Lunatic asylums in Bengal annual reports 1888-1898 - 1888-1898
Year: 1888
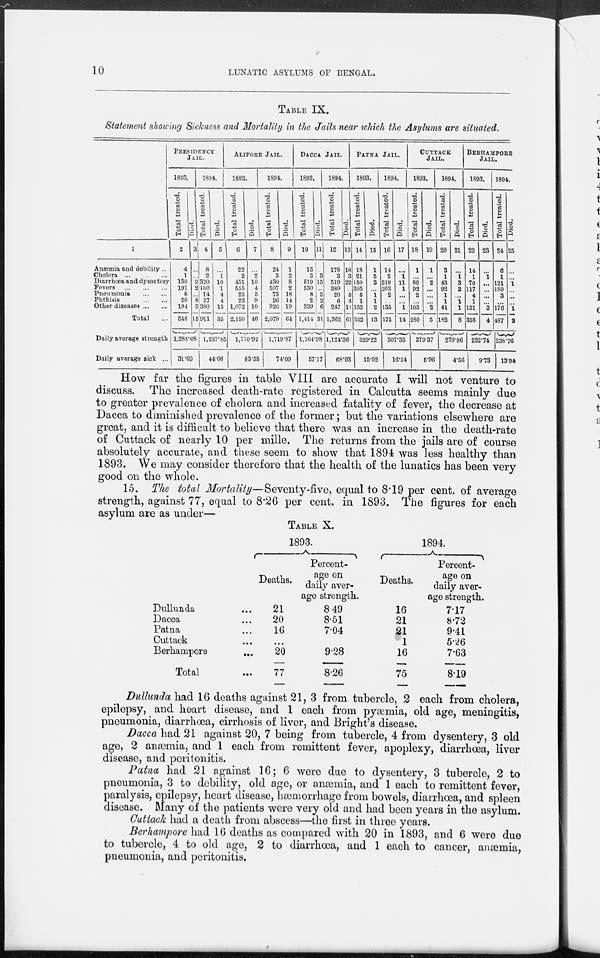
10
LUNATIC ASYLUMS OF BENGAL.
TABLE IX.
Statement showing Sickness and Mortality in the Jails near which the Asylums are situated.
1
Anæmia and debility ...
Cholera
...
...
...
Diarrhœa and dysentery
Fevers
...
...
...
Pneumonia
...
...
Phthisis
...
...
Other diseases ... ...
Total ...
Daily average strength
Daily average sick ...
PRESIDENCY
JAIL.
1893.
Total treated.
2
4
1
130
191
8
20
194
548
Died.
3
...
...
2
2
...
8
3
15
1,288.08
31.69
1894.
Total treated.
4
8
2
320
160
14
27
380
911
Died.
5
...
1
10
1
4
4
15
35
1,237.85
44.00
ALIPORE JAIL.
1893.
Total treated.
6
22
2
451
555
25
23
1,072
2,150
Died.
7
...
2
10
4
5
9
10
40
1,770.92
83.55
1894.
Total treated.
8
24
3
430
507
73
26
926
2,079
Died.
9
1
2
8
2
18
14
19
64
1,719.87
74.09
Dacca Jail.
1893.
Total treated.
10
13
3
519
530
8
2
339
1,414
Died.
11
...
3
15
...
5 2
6
31
1,164.98
57.17
1894.
Total treated.
12
178
3
519
389
20
6
247
1,362
Died.
13
18
3
22
...
3
4
11
61
1,124.36
68.93
PATNA JAIL.
1893.
Total treated.
14
18
21
150
205
5
1
152
552
Died.
15
1
5
3
...
1
1
2
13
329.22
15.02
1894.
Total treated.
16
14
2
219
203
2
...
135
575
Died.
17
...
1
11 1
...
...
1
14
307.35
16.54
CUTTACK
JAIL.
1893.
Total treated.
18
1
...
80
92
2
...
105
280
Died.
19
1
...
2
...
...
...
2
5
279.37
5.96
1894.
Total treated.
20
3
1
43
92
1
1
41
182
Died.
21
...
1
3
2
...
1
1
8
279.86
4.56
BERHAMPORE
JAIL.
1893.
Total treated.
22
14
1
70
117
4
1
151
358
Died.
23
...
1
...
...
...
...
3
4
232.74
9.73
1894.
Total treated.
24
6
1
121
180
3
...
176
487
Died.
25
...
...
1
...
...
...
1
2
238.76
13.94
How far the figures in table VIII are accurate I will not venture to
discuss. The increased death-rate registered in Calcutta seems mainly due
to greater prevalence of cholera and increased fatality of fever, the decrease at
Dacca to diminished prevalence of the former; but the variations elsewhere are
great, and it is difficult to believe that there was an increase in the death-rate
of Cuttack of nearly 10 per mille. The returns from the jails are of course
absolutely accurate, and these seem to show that 1894 was less healthy than
1893. We may consider therefore that the health of the lunatics has been very
good on the whole.
15. The total Mortality—Seventy-five, equal to 8.19 per cent. of average
strength, against 77, equal to 8.26 per cent. in 1893. The figures for each
asylum are as under—
Table X.
Dullunda ...
Dacca ...
Patna ...
Cuttack ...
Berhampore
...
Total ...
1893.
Deaths.
21
20
16
...
20
77
Percent-
age on
daily aver-
age strength.
8.49
8.51
7.04
9.28
8.26
1894.
Deaths.
16
21
21
1
16
75
Percent-
age on
daily aver-
age strength.
7.17
8.72
9.41
5.26
7.63
8.19
Dullunda had 16 deaths against 21, 3 from tubercle, 2 each from cholera,
epilepsy, and heart disease, and 1 each from pyæmia, old age, meningitis,
pneumonia, diarrhœa, cirrhosis of liver, and Bright's disease.
Dacca had 21 against 20, 7 being from tubercle, 4 from dysentery, 3 old
age, 2 anæmia, and 1 each from remittent fever, apoplexy, diarrhœa, liver
disease, and peritonitis.
Patna had 21 against 16; 6 were due to dysentery, 3 tubercle, 2 to
pneumonia, 3 to debility, old age, or anæmia, and 1 each to remittent fever,
paralysis, epilepsy, heart disease, hæmorrhage from bowels, diarrhœa, and spleen
disease. Many of the patients were very old and had been years in the asylum.
Cuttack had a death from abscess—the first in three years.
Berhampore had 16 deaths as compared with 20 in 1893, and 6 were due
to tubercle, 4 to old age, 2 to diarrhœa, and 1 each to cancer, anæmia,
pneumonia, and peritonitis.